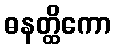
ဓနတ္ထိကော